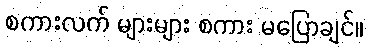
စကားလက် များများ စကား မပြောချင်။